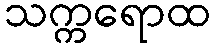
သက္ကရောထ